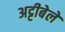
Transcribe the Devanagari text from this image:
अट्टीबेले